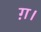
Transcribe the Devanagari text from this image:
ग़।